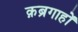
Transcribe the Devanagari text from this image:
क़ब्रगाहों